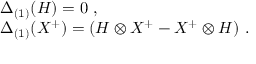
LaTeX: \begin{array} { r c l } { { } } & { { } } & { { \Delta _ { ( 1 ) } ( H ) = 0 ~ , } } \\ { { } } & { { } } & { { \Delta _ { ( 1 ) } ( X ^ { + } ) = ( H \otimes X ^ { + } - X ^ { + } \otimes H ) ~ . } } \end{array}